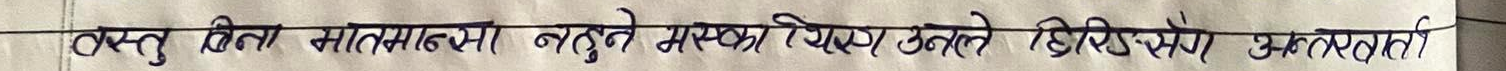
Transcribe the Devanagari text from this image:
वस्तु वित मानन्थेन नतुले भन्यो मस्यौदा उनले हेरिसँग अन्तरवार्ता